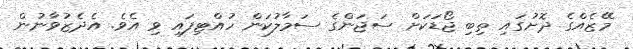
މޭޒެއްގެ ދޮށުގައި ތިބި ޖޯޑަކަށް ސަޖަންގެ ސަމާލުކަން ހުއްޓިފައި ވި އެވެ. އެދެޒުވާނުން